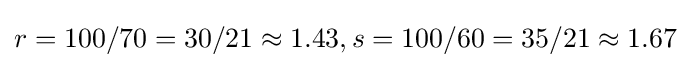
r=100/70=30/21\approx 1.43,s=100/60=35/21\approx 1.67